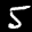
Label: 5